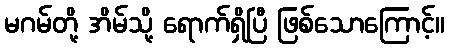
မဂမ်တို့ အိမ်သို့ ရောက်ရှိပြီ ဖြစ်သောကြောင့်။